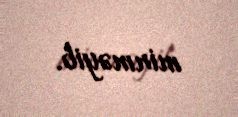
minməyib.